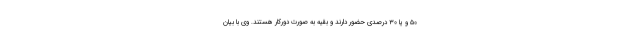
۵۰ و یا ۳۰ درصدی حضور دارند و بقیه به صورت دورکار هستند. وی با بیان